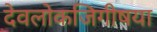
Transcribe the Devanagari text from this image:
देवलोकजिगीषया